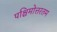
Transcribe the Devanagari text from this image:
पश्चिमोत्तरतम